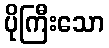
ပိုကြီးသော